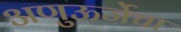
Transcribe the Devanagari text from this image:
अणुऊर्जेचा